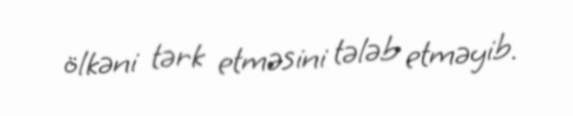
ölkəni tərk etməsini tələb etməyib.